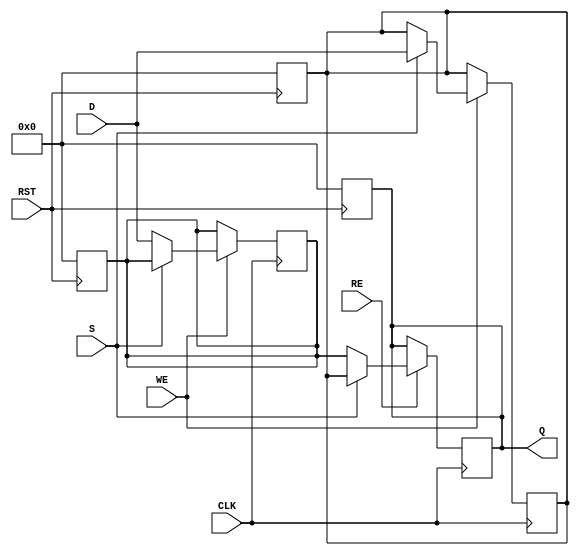
module double_buffer_register #(
    parameter WIDTH = 8  // Width of the data
)(
    input  wire [WIDTH-1:0] D,      // Data In
    input  wire WE,                  // Write Enable
    input  wire RE,                  // Read Enable
    input  wire S,                   // Select Buffer (0 for Buffer A, 1 for Buffer B)
    input  wire CLK,                 // Clock signal
    input  wire RST,                 // Asynchronous Reset
    output reg [WIDTH-1:0] Q         // Data Out
);

    // Declare the two buffers
    reg [WIDTH-1:0] buffer_a;
    reg [WIDTH-1:0] buffer_b;

    // Asynchronous reset
    always @(posedge RST) begin
        buffer_a <= {WIDTH{1'b0}};
        buffer_b <= {WIDTH{1'b0}};
        Q <= {WIDTH{1'b0}};
    end

    // Sequential logic for writing and reading data
    always @(posedge CLK) begin
        if (WE) begin
            // Write to the selected buffer
            if (S == 1'b0) begin
                buffer_a <= D;
            end else begin
                buffer_b <= D;
            end
        end
        
        if (RE) begin
            // Read from the currently selected buffer
            if (S == 1'b0) begin
                Q <= buffer_a;
            end else begin
                Q <= buffer_b;
            end
        end
    end

endmodule